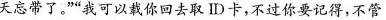
天忘带了。””我可以载你回去取ID卡，不过你要记得，不管